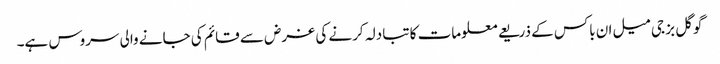
گوگل بز جی میل ان باکس کے ذریعے معلومات کا تبادلہ کرنے کی غرض سے قائم کی جانے والی سروس ہے۔